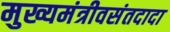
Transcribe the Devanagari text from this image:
मुख्यमंत्रीवसंतदादा